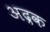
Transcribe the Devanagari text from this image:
अद्रक